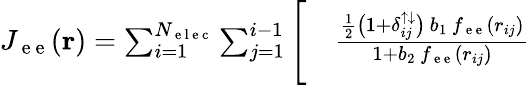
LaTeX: \begin{array}{rl}{J_{\mathrm{~e~e~}}(\mathbf{r})=\sum_{i=1}^{N_{\mathrm{~e~l~e~c~}}}\sum_{j=1}^{i-1}\Bigg[}&{{}\frac{\frac{1}{2}\big(1+\delta_{ij}^{\uparrow\downarrow}\big)\, b_{1}\, f_{\mathrm{~e~e~}}(r_{ij})}{1+b_{2}\, f_{\mathrm{~e~e~}}(r_{ij})}}\end{array}